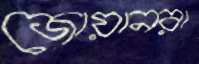
জোয়ানরা